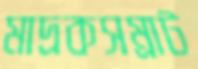
মাদ্রকসম্রাট